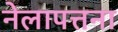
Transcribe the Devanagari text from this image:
नेलापत्तना